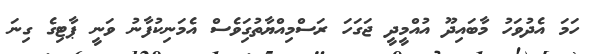
ހަމަ އެދުވަހު މާބައިދޫ އުއްމީދީ ޖަގަަހަ ރަސްމިއްޔާތުގަިވެސް އެމަނިކުފާނު ވަނީ ޕާޓިގެ ގިނަ